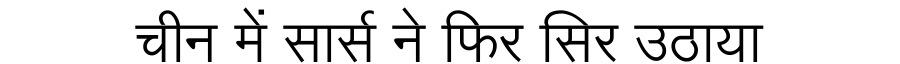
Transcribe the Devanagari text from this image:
चीन में सार्स ने फिर सिर उठाया